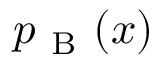
p _ { \mathrm { ~ B ~ } } ( x )